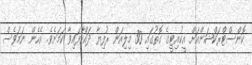
ކޮންސްޓްރަކްޝަންއަށް އީކުއިޓީގެ ގޮތުގައި 30 މިލިއަން ރުފިޔާ ދައްކާފައިވާ ކަމަށެވެ. އެހެން ނަމަވެސް